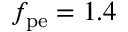
f _ { \mathrm { p e } } = 1 . 4